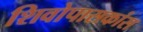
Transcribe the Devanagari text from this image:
शिवोपासकांस